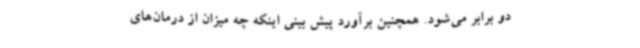
دو برابر می‌شود. همچنین برآورد پیش بینی اینکه چه میزان از درمان‌های